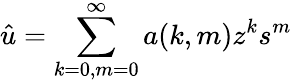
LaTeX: {\hat{u}}=\sum_{k=0,m=0}^{\infty}a(k,m)z^{k}s^{m}